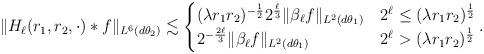
LaTeX: \begin{align*}\|H_\ell (r_1,r_2,\cdot)*f\|_{L^6(d\theta_2)} \lesssim\begin{cases}(\lambda r_1 r_2)^{-\frac 12}2^{\frac{\ell}{3}}\|\beta_\ell f\|_{L^2(d\theta_1)} & 2^\ell \leq (\lambda r_1 r_2)^{\frac 12}\\2^{-\frac {2 \ell}3}\|\beta_\ell f\|_{L^2(d\theta_1)} & 2^\ell > (\lambda r_1 r_2)^{\frac 12}\end{cases}.\end{align*}